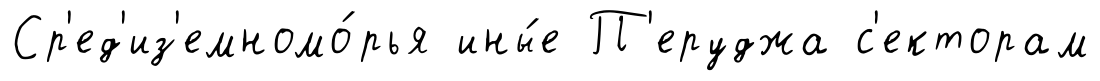
Ср'ед'из'емномо́рья ины́е П'еруджа с'екторам